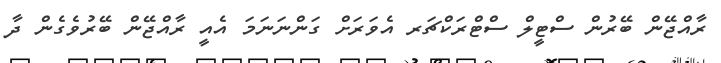
ރާއްޖޭން ބޭރުން ސްޓީލް ސްޓްރަކްޗަރ އެވަރަށް ގަންނަނަމަ އެއީ ރާއްޖޭން ބޭރުވެގެން ދާ